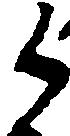
御